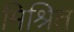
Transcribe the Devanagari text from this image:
मिश्रित